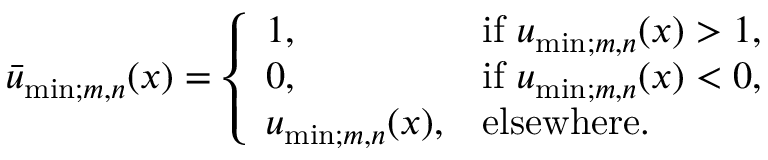
\begin{array} { r } { \bar { u } _ { \mathrm { m i n } ; m , n } ( x ) = \left\{ \begin{array} { l l } { 1 , \quad } & { \mathrm { i f ~ } u _ { \mathrm { m i n } ; m , n } ( x ) > 1 , } \\ { 0 , } & { \mathrm { i f ~ } u _ { \mathrm { m i n } ; m , n } ( x ) < 0 , } \\ { u _ { \mathrm { m i n } ; m , n } ( x ) , } & { \mathrm { e l s e w h e r e . } } \end{array} \right. } \end{array}